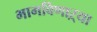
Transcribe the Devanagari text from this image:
भागविणाऱ्या